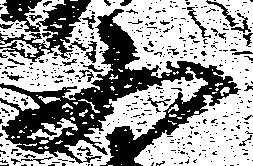
又